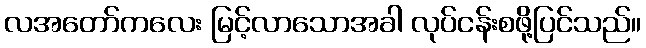
လအတော်ကလေး မြင့်လာသောအခါ လုပ်ငန်းစဖို့ပြင်သည်။